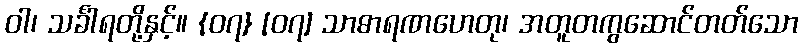
ဝါ၊ သင်္ခါရတို့နှင့်။ {၀၇} [၀၇] သာဓာရဏဟေတု၊ အတူတကွဆောင်တတ်သော